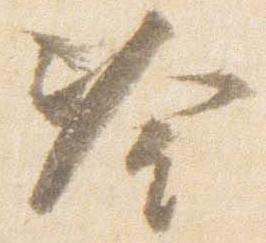
冷